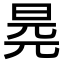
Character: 𣆧